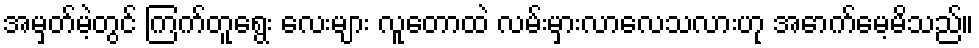
အမှတ်မဲ့တွင် ကြက်တူရွေး လေးများ လူတောထဲ လမ်းမှားလာလေသလားဟု အောက်မေ့မိသည်။